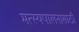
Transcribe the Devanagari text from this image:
मत्‍स्यपालनासाठी